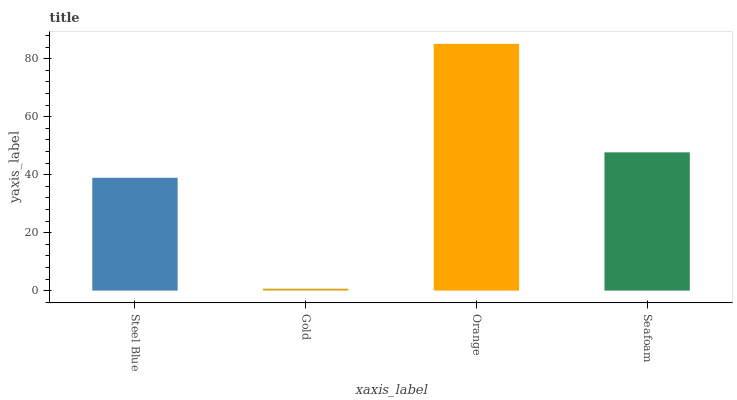
| xaxis_label | bars |
 | --- | --- |
 | Steel Blue | 38.9 |
 | Gold | 0.672 |
 | Orange | 85.1 |
 | Seafoam | 47.7 |